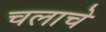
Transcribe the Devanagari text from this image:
चलाचे